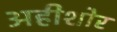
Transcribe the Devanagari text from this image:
अहीशोर